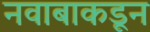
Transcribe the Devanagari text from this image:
नवाबाकडून